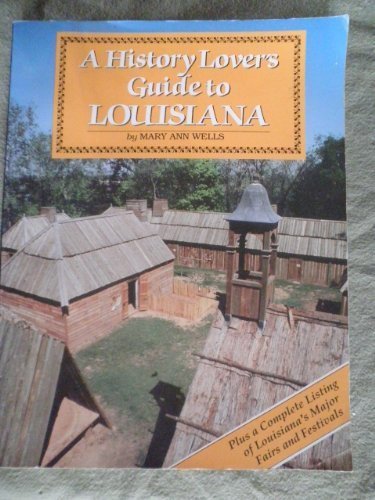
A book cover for A History Lover's Guide to Louisiana; Mary Ann Wells; Travel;